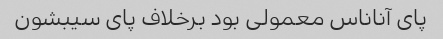
پای آناناس معمولی بود برخلاف پای سیبشون